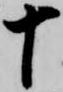
十